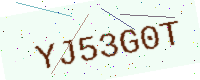
Text: YJ53G0T